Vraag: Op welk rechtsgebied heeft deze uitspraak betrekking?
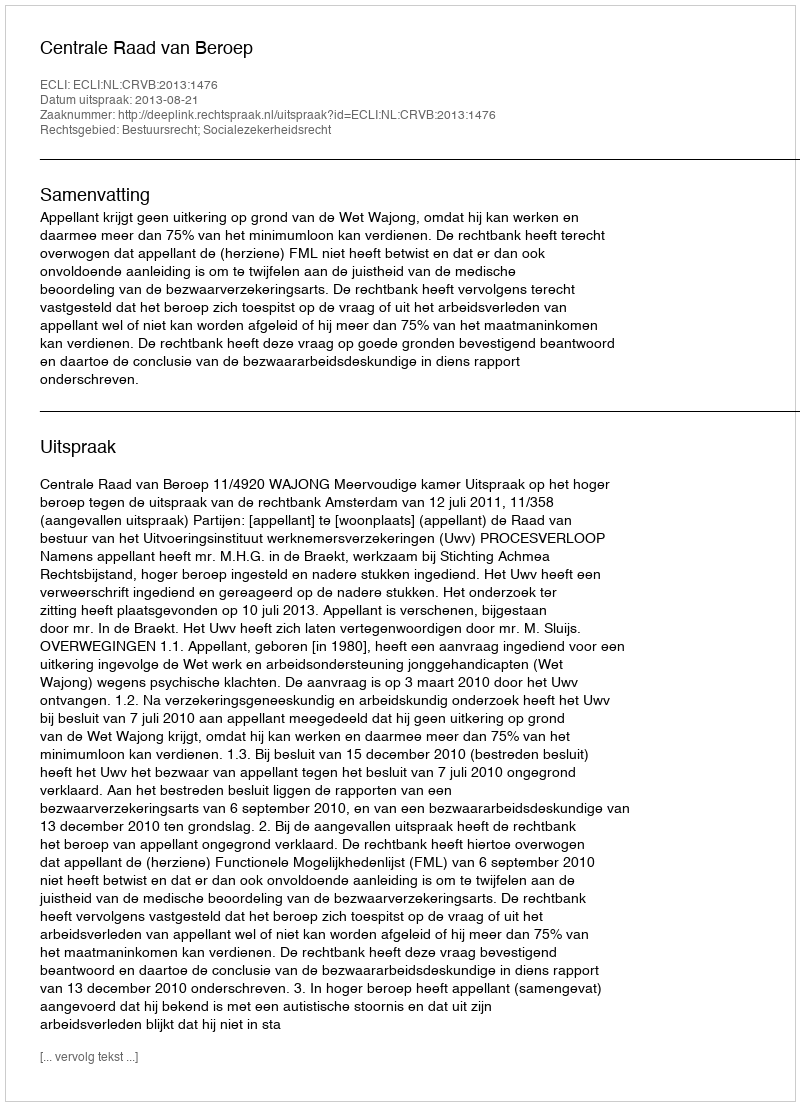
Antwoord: Bestuursrecht; Socialezekerheidsrecht